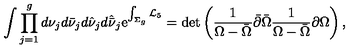
\int \prod _ { j = 1 } ^ { g } d \nu _ { j } d \bar { \nu } _ { j } d \hat { \nu } _ { j } d \hat { \bar { \nu } } _ { j } \mathrm { e } ^ { \int _ { \Sigma _ { g } } { \cal L } _ { 5 } } = \det \left( { \frac { 1 } { \Omega - \bar { \Omega } } } \bar { \partial } \bar { \Omega } { \frac { 1 } { \Omega - \bar { \Omega } } } \partial \Omega \right) ,